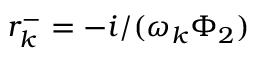
r _ { k } ^ { - } = - i / ( \omega _ { k } \Phi _ { 2 } )